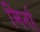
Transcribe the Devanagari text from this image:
मिर्ना